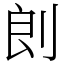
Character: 剆